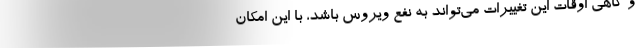
و گاهی اوقات این تغییرات می‌تواند به نفع ویروس باشد، با این امکان